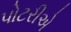
પોટરીએ